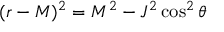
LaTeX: ( r - M ) ^ { 2 } = M ^ { 2 } - J ^ { 2 } \cos ^ { 2 } \theta